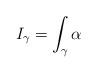
LaTeX: \begin{align*}I_\gamma = \int_\gamma \alpha\end{align*}